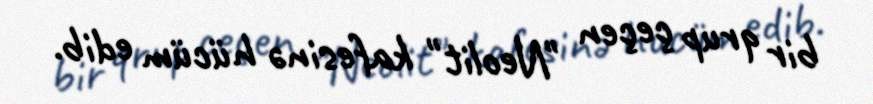
bir qrup çeçen "Neolit" kafesinə hücüm edib.